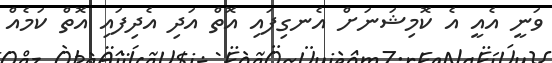
ވަނީ އެއީ އެ ކޮމިޝަނަށް އެނގިފައި އޮތް އަދި އެދިފައި އޮތް ކަމެއް